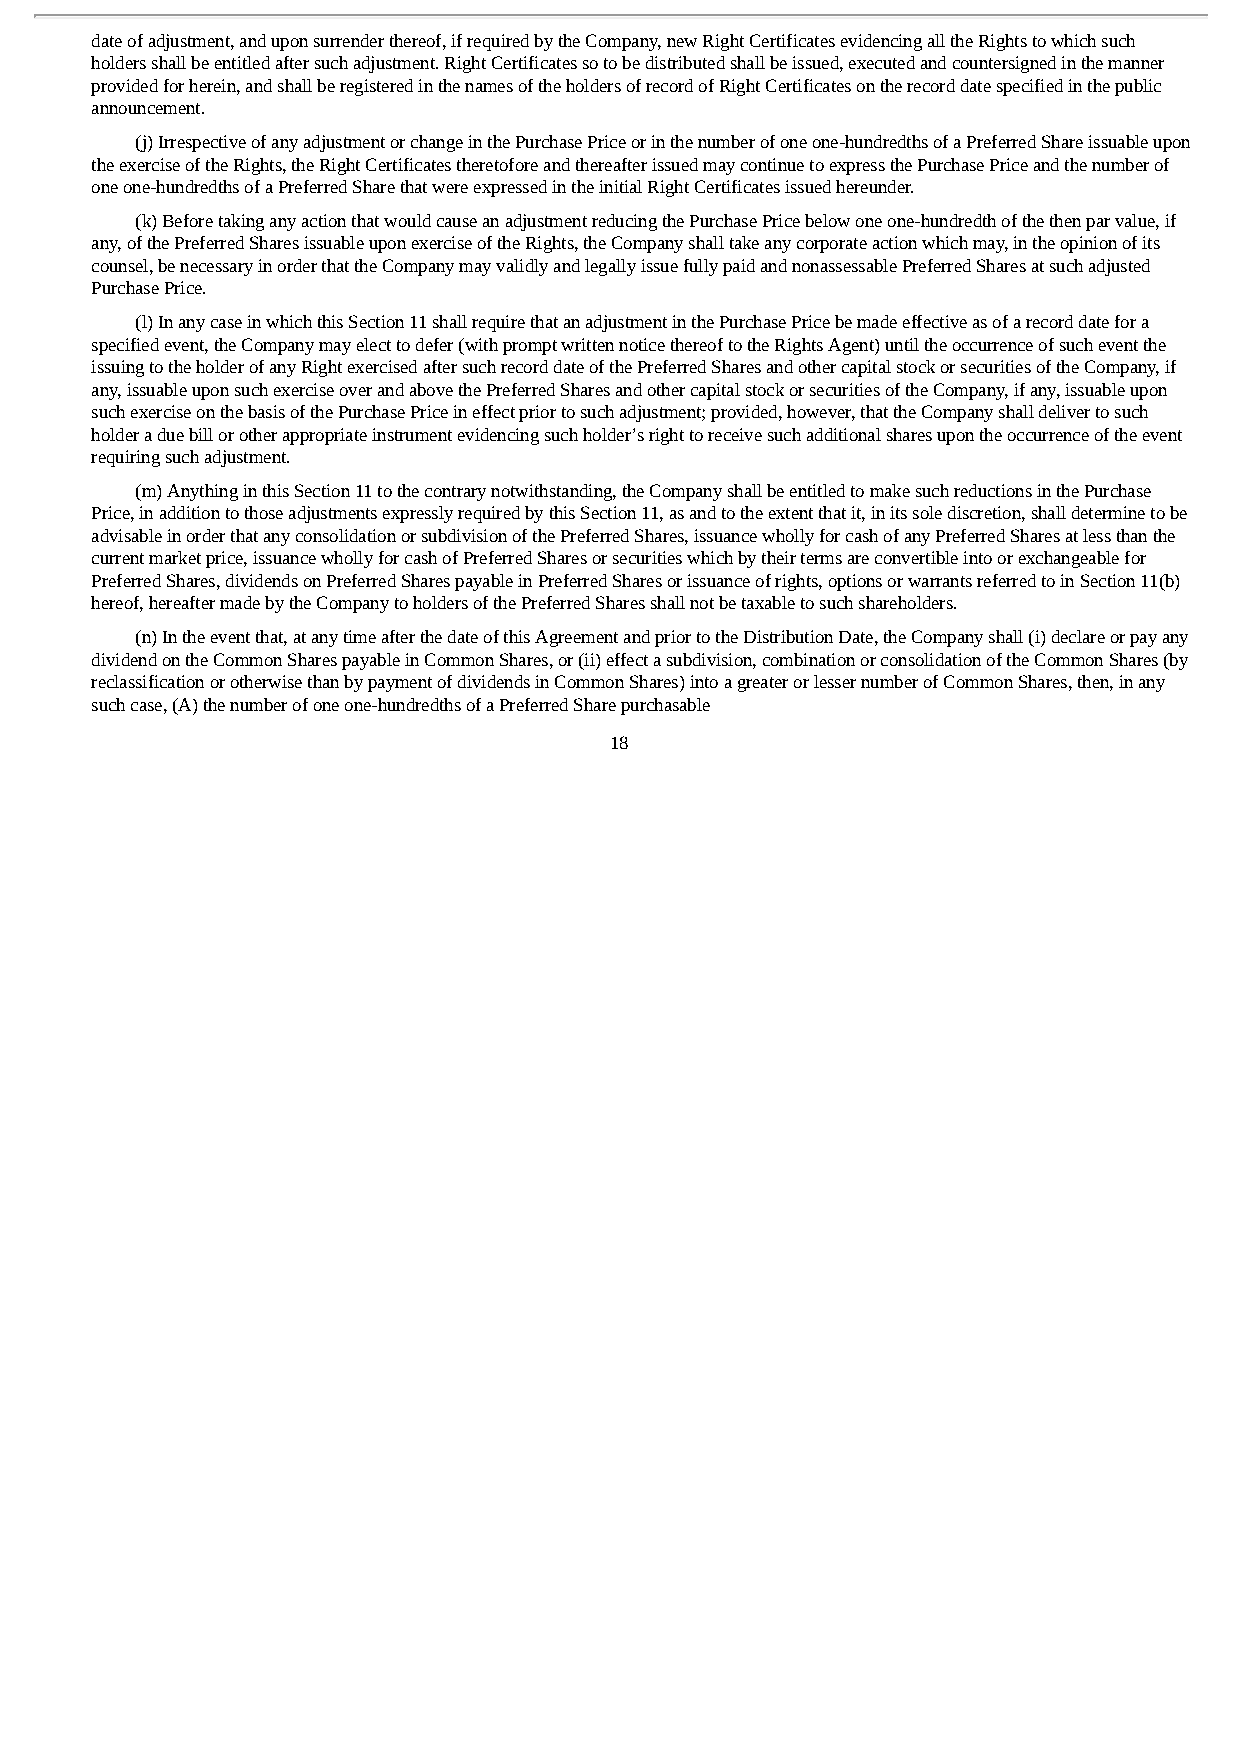
date of adjustment, and upon surrender thereof, if required by the Company, new Right Certificates evidencing all the Rights to which such
 holders shall be entitled after such adjustment. Right Certificates so to be distributed shall be issued, executed and countersigned in the manner
 provided for herein, and shall be registered in the names of the holders of record of Right Certificates on the record date specified in the public
 announcement.
 (j) Irrespective of any adjustment or change in the Purchase Price or in the number of one one-hundredths of a Preferred Share issuable upon
 the exercise of the Rights, the Right Certificates theretofore and thereafter issued may continue to express the Purchase Price and the number of
 one one-hundredths of a Preferred Share that were expressed in the initial Right Certificates issued hereunder.
 (k) Before taking any action that would cause an adjustment reducing the Purchase Price below one one-hundredth of the then par value, if
 any, of the Preferred Shares issuable upon exercise of the Rights, the Company shall take any corporate action which may, in the opinion of its
 counsel, be necessary in order that the Company may validly and legally issue fully paid and nonassessable Preferred Shares at such adjusted
 Purchase Price.
 (l) In any case in which this Section 11 shall require that an adjustment in the Purchase Price be made effective as of a record date for a
 specified event, the Company may elect to defer (with prompt written notice thereof to the Rights Agent) until the occurrence of such event the
 issuing to the holder of any Right exercised after such record date of the Preferred Shares and other capital stock or securities of the Company, if
 any, issuable upon such exercise over and above the Preferred Shares and other capital stock or securities of the Company, if any, issuable upon
 such exercise on the basis of the Purchase Price in effect prior to such adjustment; provided, however, that the Company shall deliver to such
 holder a due bill or other appropriate instrument evidencing such holder’s right to receive such additional shares upon the occurrence of the event
 requiring such adjustment.
 (m) Anything in this Section 11 to the contrary notwithstanding, the Company shall be entitled to make such reductions in the Purchase
 Price, in addition to those adjustments expressly required by this Section 11, as and to the extent that it, in its sole discretion, shall determine to be
 advisable in order that any consolidation or subdivision of the Preferred Shares, issuance wholly for cash of any Preferred Shares at less than the
 current market price, issuance wholly for cash of Preferred Shares or securities which by their terms are convertible into or exchangeable for
 Preferred Shares, dividends on Preferred Shares payable in Preferred Shares or issuance of rights, options or warrants referred to in Section 11(b)
 hereof, hereafter made by the Company to holders of the Preferred Shares shall not be taxable to such shareholders.
 (n) In the event that, at any time after the date of this Agreement and prior to the Distribution Date, the Company shall (i) declare or pay any
 dividend on the Common Shares payable in Common Shares, or (ii) effect a subdivision, combination or consolidation of the Common Shares (by
 reclassification or otherwise than by payment of dividends in Common Shares) into a greater or lesser number of Common Shares, then, in any
 such case, (A) the number of one one-hundredths of a Preferred Share purchasable
 18